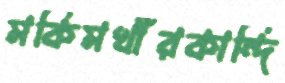
মকিমখাঁরকান্দি